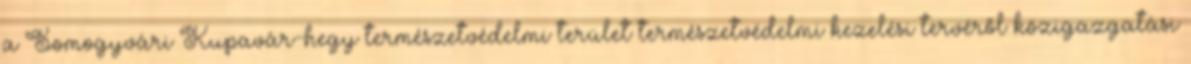
a Somogyvári Kupavár-hegy természetvédelmi terület természetvédelmi kezelési tervéről közigazgatási